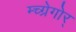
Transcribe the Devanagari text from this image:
म्च्ग्रेगोर्